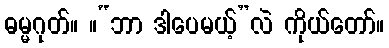
ဓမ္မဂုတ်။ ။“ဘာ ဒါပေမယ့်”လဲ ကိုယ်တော်။